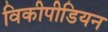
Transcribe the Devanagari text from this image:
विकीपीडियन